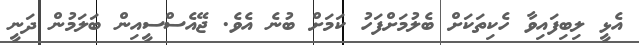
އެޅީ ލިބިފައިވާ ހެކިތަކަށް ބެލުމަށްފަހު ކަމަށް ބުނެ އެވެ. ޖޭއެސްސީއިން ބަލަމުން ދަނީ